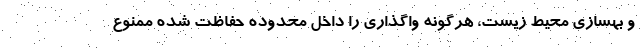
و بهسازی محیط زیست، هرگونه واگذاری را داخل محدوده حفاظت شده ممنوع